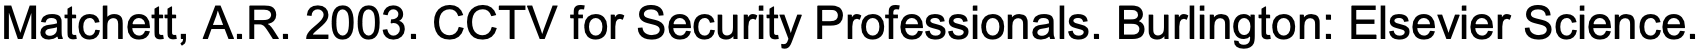
Matchett, A.R. 2003. CCTV for Security Professionals. Burlington: Elsevier Science.